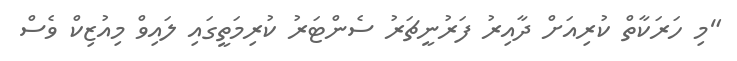
"މި ހަރަކާތް ކުރިއަށް ދާއިރު ފަރުނީޗަރު ސެންޓަރު ކުރިމަތީގައި ލައިވް މިއުޒިކް ވެސް